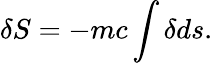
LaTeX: \delta S=-mc\int\delta ds.